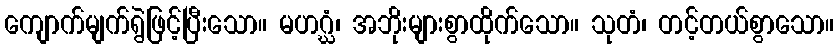
ကျောက်မျက်ရွဲဖြင့်ပြီးသော။ မဟဂ္ဃံ၊ အဘိုးများစွာထိုက်သော။ သုတံ၊ တင့်တယ်စွာသော။